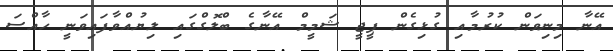
އޭނާ މިނިވަން ކުރުމާއި ގުޅިގެން ޕީޖީ ޝަމީމް އޭނާގެ ބްލޮގްގައި ލިޔުއްވާފައިވަނީ ހާއްސަ